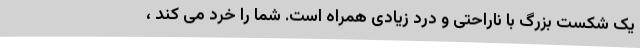
یک شکست بزرگ با ناراحتی و درد زیادی همراه است. شما را خرد می کند ،